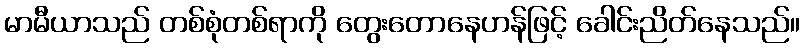
မာမီယာသည် တစ်စုံတစ်ရာကို တွေးတောနေဟန်ဖြင့် ခေါင်းညိတ်နေသည်။